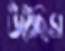
উঠেছিস